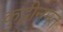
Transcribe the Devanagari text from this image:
कुट्टीनमत